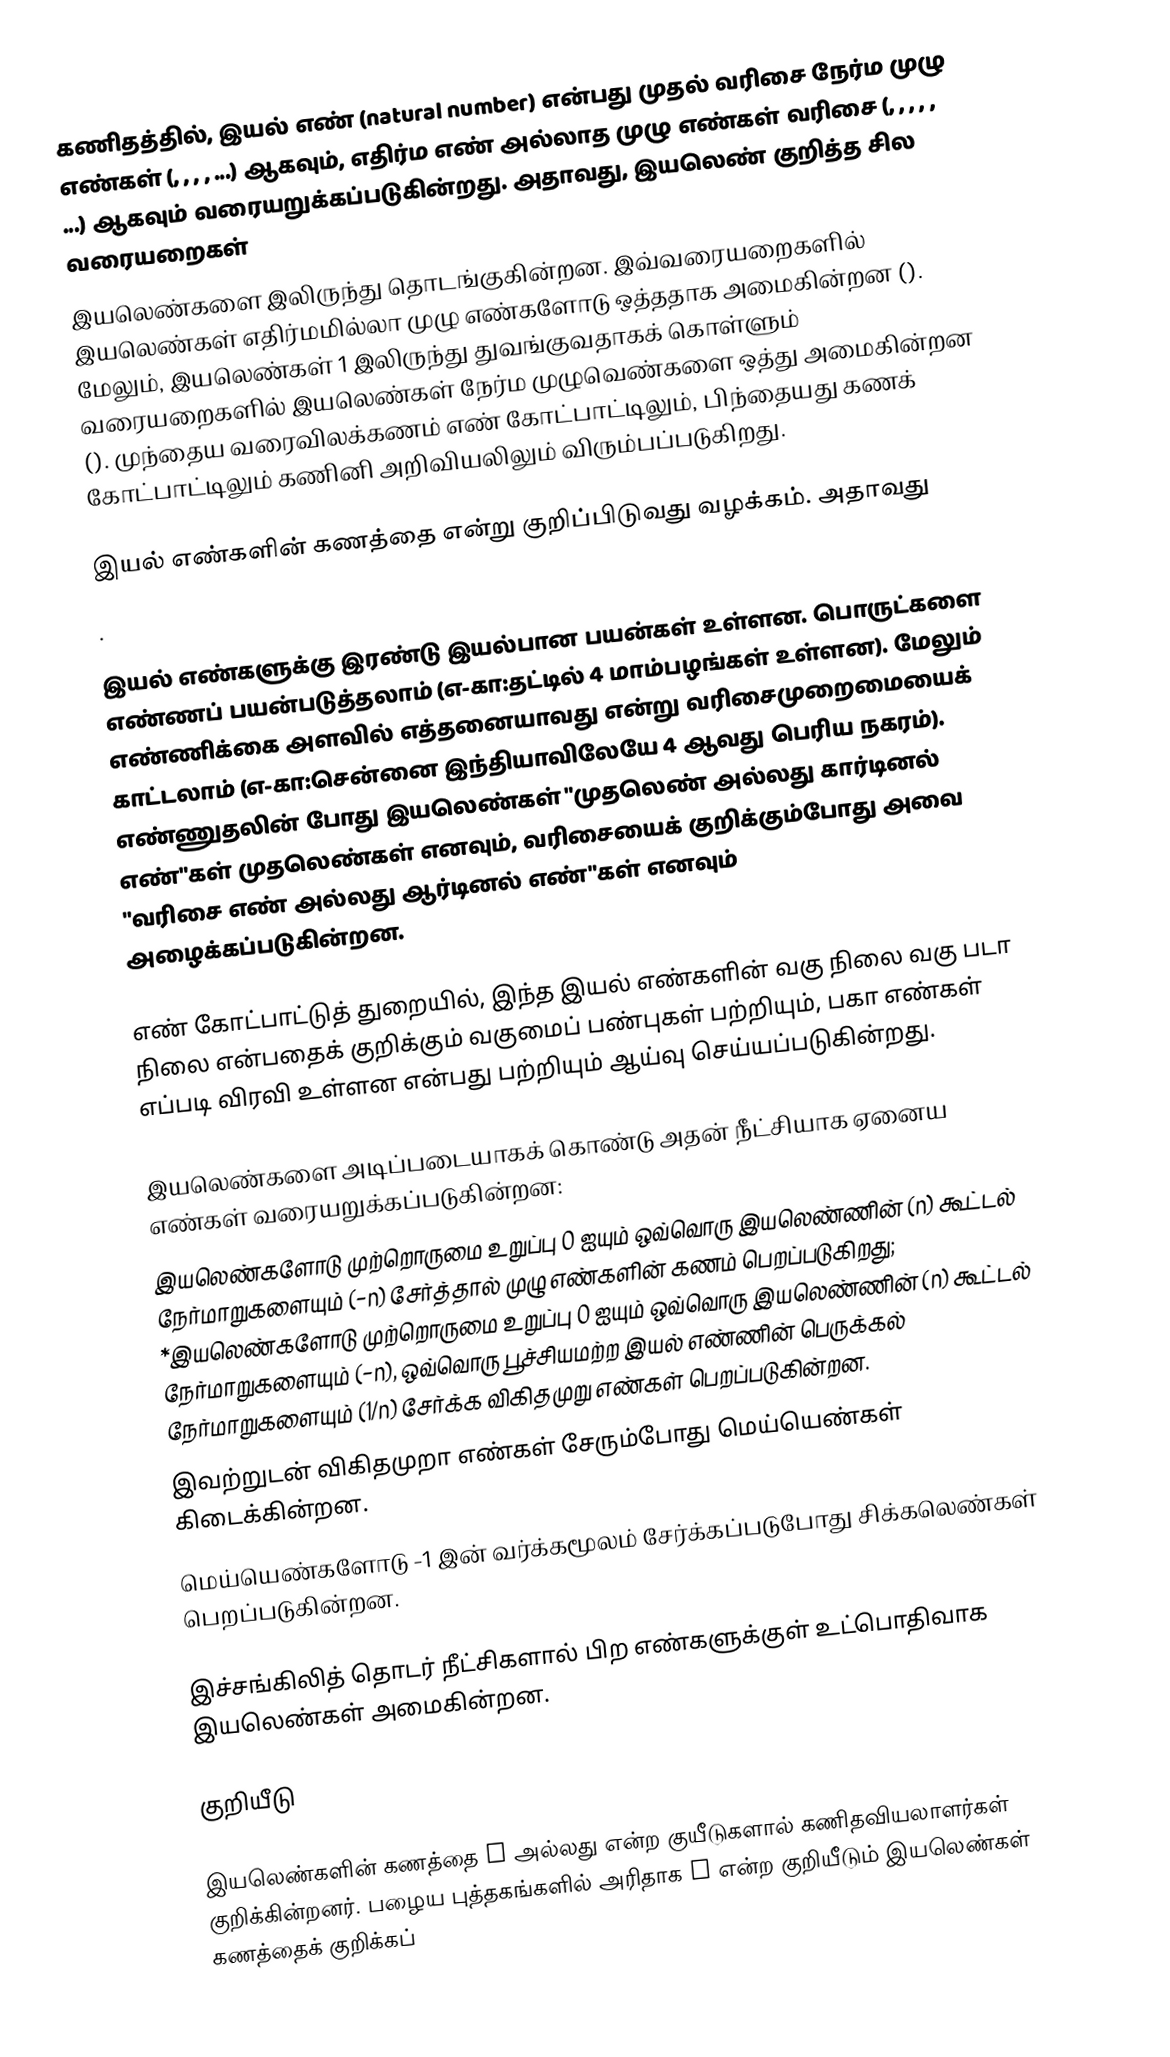
கணிதத்தில், இயல் எண் (natural number) என்பது முதல் வரிசை நேர்ம முழு எண்கள் (, , , , ...) ஆகவும், எதிர்ம எண் அல்லாத முழு எண்கள் வரிசை (, , , , , ...) ஆகவும் வரையறுக்கப்படுகின்றது. அதாவது, இயலெண் குறித்த சில வரையறைகள்
இயலெண்களை  இலிருந்து தொடங்குகின்றன. இவ்வரையறைகளில் இயலெண்கள் எதிர்மமில்லா முழு எண்களோடு ஒத்ததாக அமைகின்றன (). மேலும், இயலெண்கள் 1 இலிருந்து துவங்குவதாகக் கொள்ளும் வரையறைகளில் இயலெண்கள் நேர்ம முழுவெண்களை ஒத்து அமைகின்றன (). முந்தைய வரைவிலக்கணம் எண் கோட்பாட்டிலும், பிந்தையது கணக் கோட்பாட்டிலும் கணினி அறிவியலிலும் விரும்பப்படுகிறது.

இயல் எண்களின் கணத்தை  என்று குறிப்பிடுவது வழக்கம். அதாவது
.

இயல் எண்களுக்கு இரண்டு இயல்பான பயன்கள் உள்ளன. பொருட்களை எண்ணப் பயன்படுத்தலாம் (எ-கா:தட்டில் 4 மாம்பழங்கள் உள்ளன). மேலும் எண்ணிக்கை அளவில் எத்தனையாவது என்று வரிசைமுறைமையைக் காட்டலாம் (எ-கா:சென்னை இந்தியாவிலேயே 4 ஆவது பெரிய நகரம்). எண்ணுதலின் போது இயலெண்கள் "முதலெண் அல்லது கார்டினல் எண்"கள் முதலெண்கள் எனவும், வரிசையைக் குறிக்கும்போது அவை "வரிசை எண் அல்லது ஆர்டினல் எண்"கள் எனவும் அழைக்கப்படுகின்றன.

எண் கோட்பாட்டுத் துறையில், இந்த இயல் எண்களின் வகு நிலை வகு படா நிலை என்பதைக் குறிக்கும் வகுமைப் பண்புகள் பற்றியும், பகா எண்கள் எப்படி விரவி உள்ளன என்பது பற்றியும் ஆய்வு செய்யப்படுகின்றது.

இயலெண்களை அடிப்படையாகக் கொண்டு அதன் நீட்சியாக ஏனைய எண்கள் வரையறுக்கப்படுகின்றன:
இயலெண்களோடு முற்றொருமை உறுப்பு 0 ஐயும் ஒவ்வொரு இயலெண்ணின் (n) கூட்டல் நேர்மாறுகளையும் (−n) சேர்த்தால் முழு எண்களின் கணம் பெறப்படுகிறது; *இயலெண்களோடு முற்றொருமை உறுப்பு 0 ஐயும் ஒவ்வொரு இயலெண்ணின் (n) கூட்டல் நேர்மாறுகளையும் (−n), ஒவ்வொரு பூச்சியமற்ற இயல் எண்ணின் பெருக்கல் நேர்மாறுகளையும் (1/n) சேர்க்க விகிதமுறு எண்கள் பெறப்படுகின்றன.
இவற்றுடன் விகிதமுறா எண்கள் சேரும்போது மெய்யெண்கள் கிடைக்கின்றன.
மெய்யெண்களோடு  -1 இன் வர்க்கமூலம் சேர்க்கப்படுபோது சிக்கலெண்கள் பெறப்படுகின்றன.

இச்சங்கிலித் தொடர் நீட்சிகளால் பிற எண்களுக்குள் உட்பொதிவாக இயலெண்கள் அமைகின்றன.

குறியீடு

இயலெண்களின் கணத்தை N அல்லது  என்ற குயீடுகளால் கணிதவியலாளர்கள் குறிக்கின்றனர். பழைய புத்தகங்களில் அரிதாக J என்ற குறியீடும் இயலெண்கள் கணத்தைக் குறிக்கப்